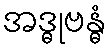
အဒ္ဓုဗန္ဓံ